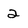
Character: 2